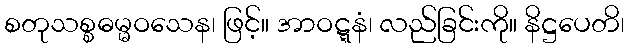
စတုသစ္စဓမ္မဝသေန၊ ဖြင့်။ အာဝဋ္ဋနံ၊ လည်ခြင်းကို။ နိဋ္ဌပေတိ၊